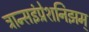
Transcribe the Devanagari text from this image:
ट्रान्सइंप्रेशनिझम्